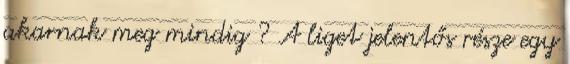
akarnak meg mindig ? A liget jelentős része egy